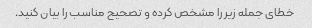
خطای جمله زیر را مشخص کرده و تصحیح مناسب را بیان کنید.